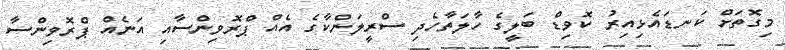
މިގޮތަށް ކަނޑައެޅިއިރު ކޮވިޑް ބަލީގެ ހާލަތާހެދި ސްރީލަންކާގެ އެއް ޕްރޮވިންސާއި އަނެއް ޕްރޮވިންސާ